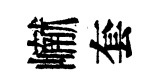
𪩘套